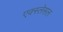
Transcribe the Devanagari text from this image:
एक्स्लेसल